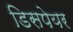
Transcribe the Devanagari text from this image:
डिसपेयर